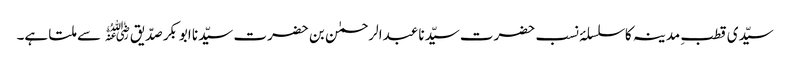
سیّدی قطبِ مدینہ کا سلسلۂ نسب حضرت سیّدنا عبدالرحمٰن بن حضرت سیّدنا ابوبکر صدّیق﷜ سے ملتا ہے۔